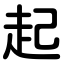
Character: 起